Annual report of the Punjab Veterinary College and of the Civil Veterinary Department, Punjab - 1920-1925
Year: 1920
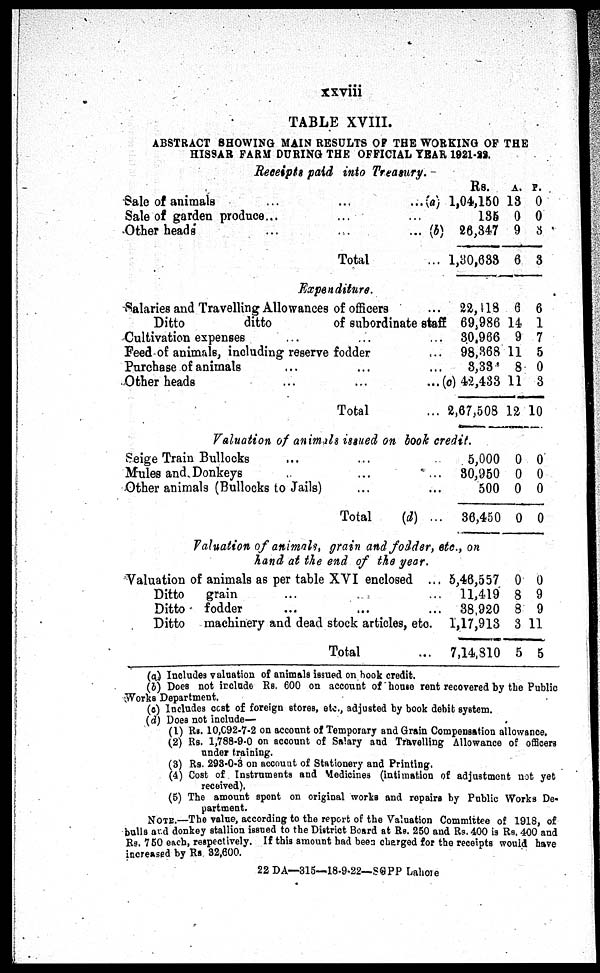
xxviii
TABLE XVIII.
ABSTRACT SHOWI NG MAI N RESULTS OF THE WORKI NG OF THE
HI SSAR FARM DURI NG THE OFFI CI AL YEAR 1921-22.
Receipts paid into Treasury.
Sale of animals ... ...(a)
Sale of garden produce...
Other heads . . . . . . (b)
Total ...
Rs.
1, 04, 150
135
26, 347
1,30,633
A.
13
0
9
6
P. 0
0
3
3
Expenditure.
Salaries and Travelling Allowances of officers ...
Ditto
ditto
of subordinate staff
Cultivation expenses ... ... ...
Feed of animals, including reserve fodder
Purchase of animals ... ... ...
Other heads
...
...
...
Total ...
22, 118
69, 986
30, 966
98, 368
3,33
(c) 42, 433
2,67,508
6
14
9
11
8
11
12
6
1
7
5
0
3
10
Valuation of animals issued on book credit.
Seige Train Bullocks ... ...
Mules and Donkeys ... ...
Other animals (Bullocks to Jails)... ...
Total (d) ...
5, 000
30, 950
500
36, 450
0
0
0
0
0
0
0
0
Valuation of animals, grain and fodder, etc., on
hand at the end of the year.
Valuation of animals as per table XVI enclosed ...
Ditto grain ... ... ...
Ditto fodder ... ... ...
Ditto machinery and dead stock articles, etc.
Total ...
5, 46, 557
11,419
38, 920
1, 17, 913
7, 14, 310
0
8
8
3
5
0
9
9
11
5
(a) Incl udes val uat i on of ani mal s i ssued on hook credit.
(b) Does not i ncl ude Rs. 600 on account of house rent recovered by t he Publ i c
Wor ks Depart ment .
(c) Incl udes cost of forei gn stores, etc., adj ust ed by book debi t syst em.
(d) Does not i ncl ude—
(1) Rs. 10, 092-7-2 on account of Tempor ar y and Grai n Compensat i on al l owance.
(2) Rs. 1, 788-9-0 on account of Sal ary and Travel l i ng Al l owance of offi cers
under training.
(3) Rs. 298-0-8 on account of St at i onery and Printing.
(4) Cost of Inst rument s and Medi ci nes (i nt i mat i on of adj ust ment not yet
recei ved).
(5) The amount spent on ori gi nal wor ks and repairs by Publ i c Wor ks D
part ment .
NOTE. —The val ue, accordi ng t o t he report of the Val uat i on Commi t t ee of 1918
bul l s and donkey stallion i ssued t o the District Boar d at Rs. 250 and Rs. 400 is Rs. 4
Rs. 750 each, respect i vel y. If this amount bad been charged for the recei pt s woul d hav
i ncreased by Rs 32, 600.
22 DA—315—18- 9- 22—SGPP Lahore